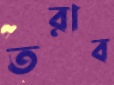
তরাব